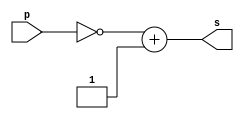

// ------------------------- 
// Exercicio 0005 
// Nome: Guilherme Gideoni Albinati Batista 
// ------------------------- 
// ------------------------- 

// -------------------------

module CP2 (output s, input p); 
	assign s = ~p + 'b1; // criar vinculo permanente 
 
endmodule // buffer
 
module test_base_01; 
// ------------------------- definir dados 
	reg signed [7:0] a; 
	reg signed [7:0] b; 
	reg signed [7:0] c;
	reg signed [7:0] d; 
	reg signed [7:0] e;
	// ------------------------- parte principal 
	initial begin 
		$display("Exercicio0005 - Guilherme Gideoni Albinati Batista - 451565"); 
		$display("Subtracao com complemento de 2");
		
	 
	a= 'b101011 + ~'b1001 + 'b1;
	$display(" a = %d = %8b", a, a);
	
	
	b= 'b10011 + ~'o15 + 'b1;
	$display(" b = %d = %8b", b, b);
	
	
	c= 'o35 + ~'hC + 'b1;
	$display(" c = %d = %8b", c, c);	  
	
	
	d= 'hBA + ~'b10111001 + 'b1;
	$display(" d = %d = %8b", d, d);
	
	e= 37 + ~'h1B + 'b1;
	$display(" e = %d = %8b", e, e);
	
	end 
endmodule

/*
Exercicio0005 - Guilherme Gideoni Albinati Batista - 451565
Subtracao com complemento de 2
 a =   34 = 00100010
 b =    6 = 00000110
 c =   17 = 00010001
 d =    1 = 00000001
 e =   10 = 00001010
*/